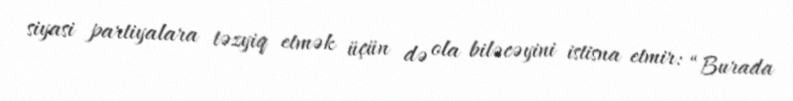
siyasi partiyalara təzyiq etmək üçün də ola biləcəyini istisna etmir: “Burada